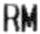
RM